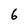
Character: 6